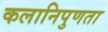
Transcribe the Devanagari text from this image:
कलानिपुणता